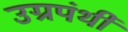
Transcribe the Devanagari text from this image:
उग्रपंथी